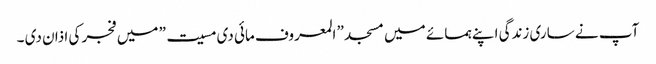
آپ نے ساری زندگی اپنے ہمسائے میں مسجد ” المعروف مائی دی مسیت” میں فجر کی اذان دی ۔